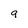
Character: g